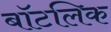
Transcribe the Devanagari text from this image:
बॉटलिक